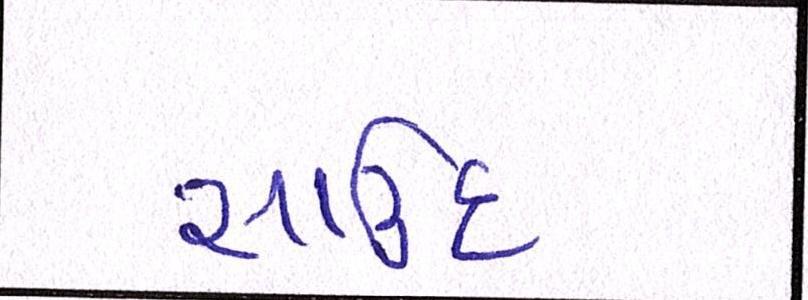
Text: સાઉદ